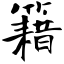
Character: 籍